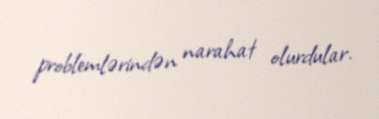
problemlərindən narahat olurdular.